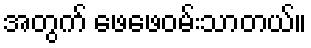
အတွက် ဖေဖေဝမ်းသာတယ်။